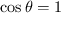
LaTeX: \cos \theta = 1